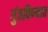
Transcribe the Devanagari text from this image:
गुंतविण्यात